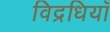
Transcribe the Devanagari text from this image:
विद्रधियाँ